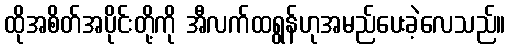
ထိုအစိတ်အပိုင်းတို့ကို အီလက်ထရွန်ဟုအမည်ပေးခဲ့လေသည်။